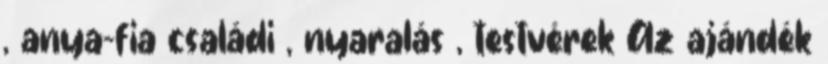
, anya-fia családi , nyaralás , testvérek Az ajándék